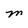
Character: M